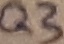
Text: Q3